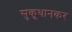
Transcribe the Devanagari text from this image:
सुकूथानकर